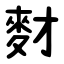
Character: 䴭